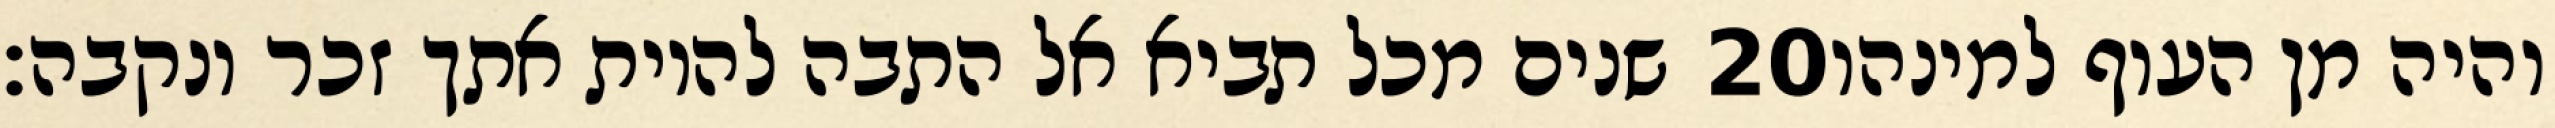
שנים מכל תביא אל התבה להיות אתך זכר ונקבה׃ ‎20‏ והיה מן העוף למינהו